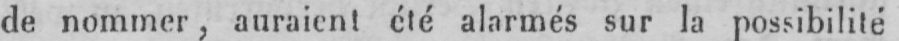
de nommer, auraient été alarmés sur la possibilité